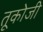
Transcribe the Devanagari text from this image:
तूकोजी